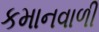
કમાનવાળી